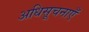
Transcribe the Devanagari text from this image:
अधिसूचनाएँ